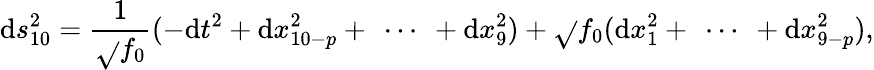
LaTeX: \mathrm{d}s_{10}^{2}=\frac{{1}}{{\sqrt{}{{f_{0}}}}}(-\mathrm{d}t^{2}+\mathrm{d}x_{10-p}^{2}+\ \cdots\ +\mathrm{d}x_{9}^{2})+\sqrt{}{{f_{0}}}(\mathrm{d}x_{1}^{2}+\ \cdots\ +\mathrm{d}x_{9-p}^{2}),